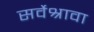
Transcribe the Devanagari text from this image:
सर्वेश्रावा